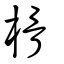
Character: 榾